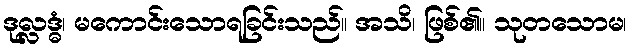
ဒုလ္လဒ္ဓံ၊ မကောင်းသောရခြင်းသည်။ အသိ၊ ဖြစ်၏။ သုတသောမ၊